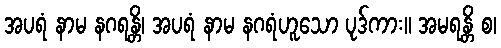
အပရံ နာမ နဂရန္တိ၊ အပရံ နာမ နဂရံဟူသော ပုဒ်ကား။ အမရန္တိ စ၊